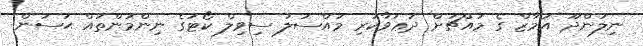
ނިލަންދޫ އަމާޒް ގެ މައްޗަށް ދަޢުވާކުރި މައްސަލަ ސިވިލް ކޯޓުގެ ނިންމުންތައް ޙަސަން